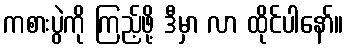
ကစားပွဲကို ကြည့်ဖို့ ဒီမှာ လာ ထိုင်ပါနော်။